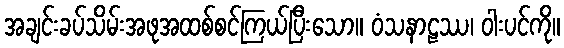
အချင်းခပ်သိမ်းအဖုအထစ်စင်ကြယ်ပြီးသော။ ဝံသနာဠဿ၊ ဝါးပင်ကို။